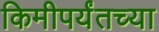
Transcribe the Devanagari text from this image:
किमीपर्यंतच्या